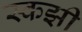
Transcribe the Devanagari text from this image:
स्कझी